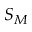
S _ { M }